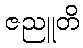
ဇညူတိ